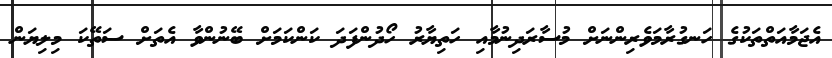
އެޖަމާއަތްތަކުގެ ހަނގުރާމަވެރިންނަށް މުސާރަދިނުމާއި ހަތިޔާރު ހޯދުންފަދަ ކަންކަމަށް ބޭނުންވާ އެތަށް ސަތޭކަ މިލިޔަން